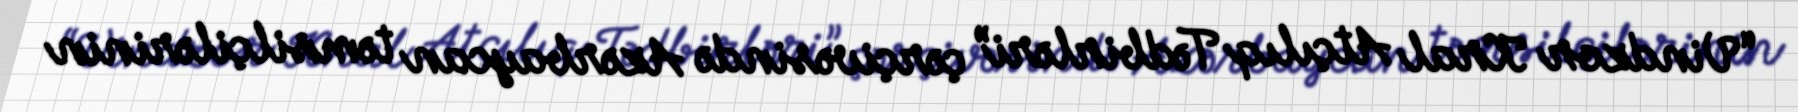
“Vindzor Kral Atçılıq Tədbirləri” çərçivəsində Azərbaycan təmsilçilərinin